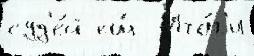
суд'е́й ещ́  Ито́г'и